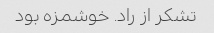
تشکر از راد. خوشمزه بود